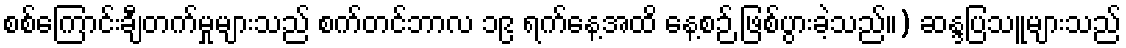
စစ်ကြောင်းချီတက်မှုများသည် စက်တင်ဘာလ ၁၉ ရက်နေ့အထိ နေ့စဉ် ဖြစ်ပွားခဲ့သည်။) ဆန္ဒပြသူများသည်